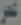
عمر